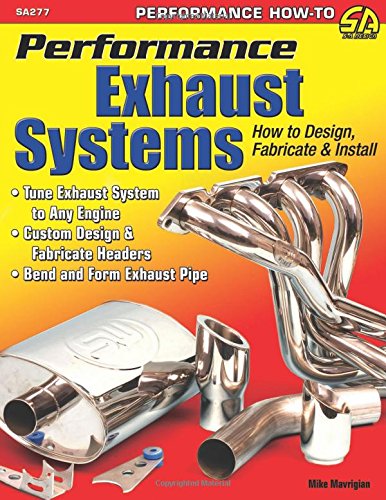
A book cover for Performance Exhaust Systems: How to Design, Fabricate, and Install (Sa Design); Mike Mavrigian; Engineering & Transportation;